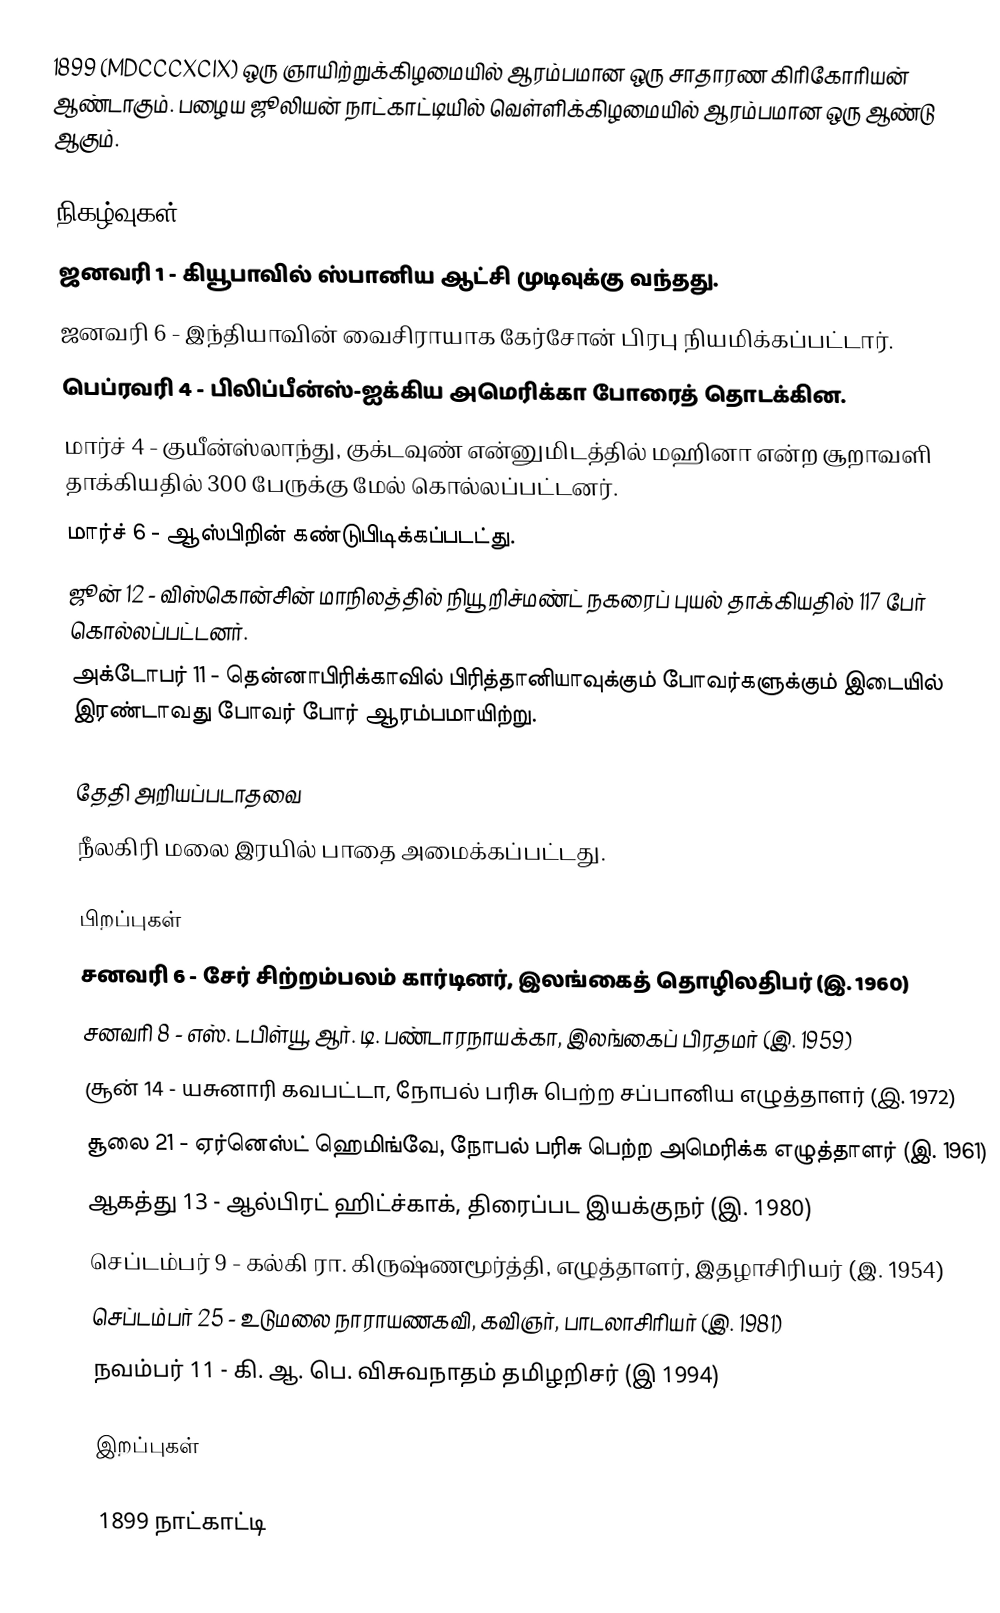
1899  (MDCCCXCIX) ஒரு ஞாயிற்றுக்கிழமையில் ஆரம்பமான ஒரு சாதாரண கிரிகோரியன் ஆண்டாகும். பழைய ஜூலியன் நாட்காட்டியில் வெள்ளிக்கிழமையில் ஆரம்பமான ஒரு ஆண்டு ஆகும்.

நிகழ்வுகள்
 ஜனவரி 1 - கியூபாவில் ஸ்பானிய ஆட்சி முடிவுக்கு வந்தது.
 ஜனவரி 6 - இந்தியாவின் வைசிராயாக கேர்சோன் பிரபு நியமிக்கப்பட்டார்.
 பெப்ரவரி 4 - பிலிப்பீன்ஸ்-ஐக்கிய அமெரிக்கா போரைத் தொடக்கின.
 மார்ச் 4 - குயீன்ஸ்லாந்து, குக்டவுண் என்னுமிடத்தில் மஹினா என்ற சூறாவளி தாக்கியதில் 300 பேருக்கு மேல் கொல்லப்பட்டனர்.
 மார்ச் 6 - ஆஸ்பிறின் கண்டுபிடிக்கப்படட்து.
 ஜூன் 12 - விஸ்கொன்சின் மாநிலத்தில் நியூ றிச்மண்ட் நகரைப் புயல் தாக்கியதில் 117 பேர் கொல்லப்பட்டனர்.
 அக்டோபர் 11 - தென்னாபிரிக்காவில் பிரித்தானியாவுக்கும் போவர்களுக்கும் இடையில் இரண்டாவது போவர் போர் ஆரம்பமாயிற்று.

தேதி அறியப்படாதவை
 நீலகிரி மலை இரயில் பாதை அமைக்கப்பட்டது.

பிறப்புகள்
 சனவரி 6 - சேர் சிற்றம்பலம் கார்டினர், இலங்கைத் தொழிலதிபர் (இ. 1960)
 சனவரி 8 - எஸ். டபிள்யூ. ஆர். டி. பண்டாரநாயக்கா, இலங்கைப் பிரதமர் (இ. 1959)
 சூன் 14 - யசுனாரி கவபட்டா, நோபல் பரிசு பெற்ற சப்பானிய எழுத்தாளர் (இ. 1972)
 சூலை 21 - ஏர்னெஸ்ட் ஹெமிங்வே, நோபல் பரிசு பெற்ற அமெரிக்க எழுத்தாளர் (இ. 1961)
 ஆகத்து 13 - ஆல்பிரட் ஹிட்ச்காக், திரைப்பட இயக்குநர் (இ. 1980)
 செப்டம்பர் 9 - கல்கி ரா. கிருஷ்ணமூர்த்தி, எழுத்தாளர், இதழாசிரியர் (இ. 1954)
 செப்டம்பர் 25 - உடுமலை நாராயணகவி, கவிஞர், பாடலாசிரியர் (இ. 1981)
 நவம்பர் 11 - கி. ஆ. பெ. விசுவநாதம் தமிழறிசர் (இ 1994)

இறப்புகள்

1899 நாட்காட்டி